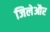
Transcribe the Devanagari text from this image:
जिलेऔर